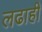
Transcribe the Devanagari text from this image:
लढाही